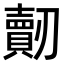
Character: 𠠠